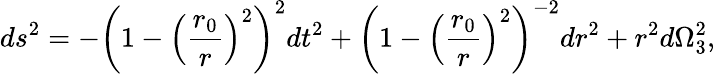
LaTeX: ds^{2}=-\left(1-\left({\frac{r_{0}}{r}}\right)^{2}\right)^{2}dt^{2}+\left(1-\left({\frac{r_{0}}{r}}\right)^{2}\right)^{-2}dr^{2}+r^{2}d\Omega_{3}^{2},